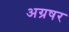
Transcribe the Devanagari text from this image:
अग्रषर